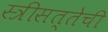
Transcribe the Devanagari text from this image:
स्त्रीसत्तेची